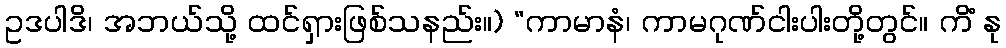
ဥဒပါဒိ၊ အဘယ်သို့ ထင်ရှားဖြစ်သနည်း။) “ကာမာနံ၊ ကာမဂုဏ်ငါးပါးတို့တွင်။ ကိံ နု